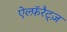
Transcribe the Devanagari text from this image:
ऐल्फ़ॅरैट्ज़